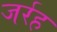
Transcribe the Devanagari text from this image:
जर्रह